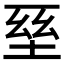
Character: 𡌥